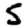
Digit: 5